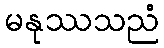
မနုဿသညံ